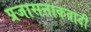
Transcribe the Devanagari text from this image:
प्रजासत्ताकवादी